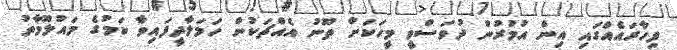
ފިހާރައެއްގައި އިން އުމުރުން ދުވަސްވީ މީހަކަށް ތޫނު އެއްޗަކުން ހަމަލާދީފައިވާ ކަމުގެ މައުލޫމާތު